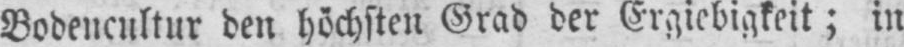
Bodencultur den höchsten Grad der Ergiebigkeit; in